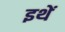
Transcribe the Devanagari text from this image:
इथें